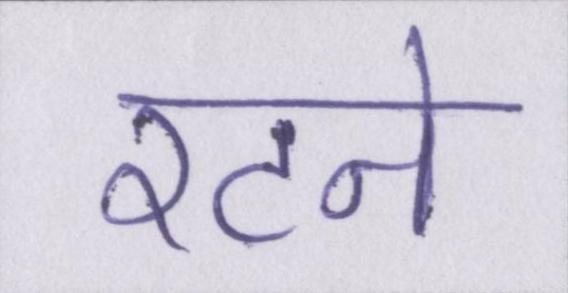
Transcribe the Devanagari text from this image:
रटने